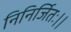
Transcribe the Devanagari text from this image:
निनिर्जितः।।